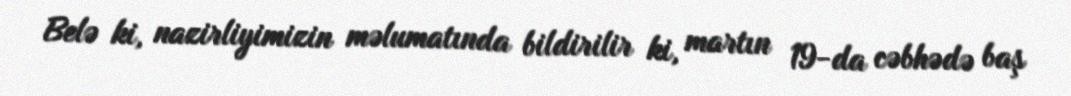
Belə ki, nazirliyimizin məlumatında bildirilir ki, martın 19-da cəbhədə baş